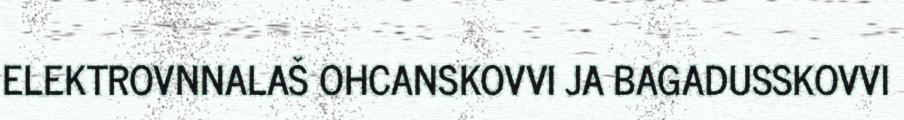
ELEKTROVNNALAŠ OHCANSKOVVI JA BAGADUSSKOVVI